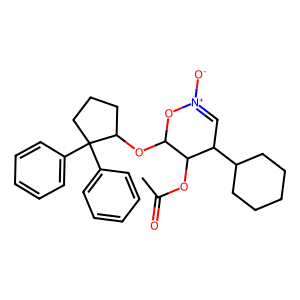
SMILES: CC(=O)OC1C(OC2CCCC2(c2ccccc2)c2ccccc2)O[N+]([O-])=CC1C1CCCCC1
Inhibits HIV replication: No